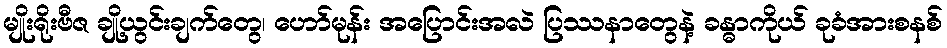
မျိုးရိုးဗီဇ ချို့ယွင်းချက်တွေ၊ ဟော်မုန်း အပြောင်းအလဲ ပြဿနာတွေနဲ့ ခန္ဓာကိုယ် ခုခံအားစနစ်